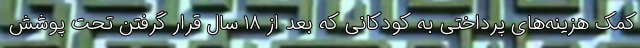
کمک هزینه‌های پرداختی به کودکانی که بعد از ۱۸ سال قرار گرفتن تحت پوشش